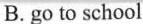
B.go to school